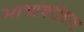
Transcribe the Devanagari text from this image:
भागांबरोबरच